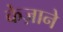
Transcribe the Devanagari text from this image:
केज़ाने